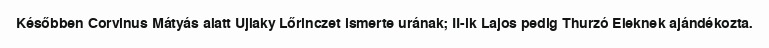
Későbben Corvinus Mátyás alatt Ujlaky Lőrinczet ismerte urának; II-ik Lajos pedig Thurzó Eleknek ajándékozta.